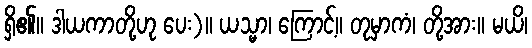
ရှိ၏။ ဒါယကာတို့ဟု ပေး)။ ယသ္မာ၊ ကြောင့်။ တုမှာကံ၊ တို့အား။ မယိ၊